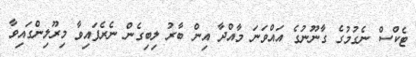
ޓެކްސް ނެގުމުގެ ގާނޫނުގެ އައްވަނަ މާއްދާ އިން ބާރު ލިބިގެން ނެރެފައިވާ މިރޫލިންގައިވާ